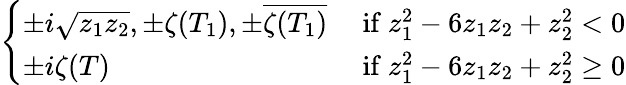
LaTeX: \left\{ \begin{array}{ll}{\pm i\sqrt{z_{1}z_{2}},\pm\zeta(T_{1}),\pm\overline{{\zeta(T_{1})}}}&{\mathrm{~if~}z_{1}^{2}-6z_{1}z_{2}+z_{2}^{2}<0}\\ {\pm i\zeta(T)}&{\mathrm{~if~}z_{1}^{2}-6z_{1}z_{2}+z_{2}^{2}\ge 0}\end{array}\right.